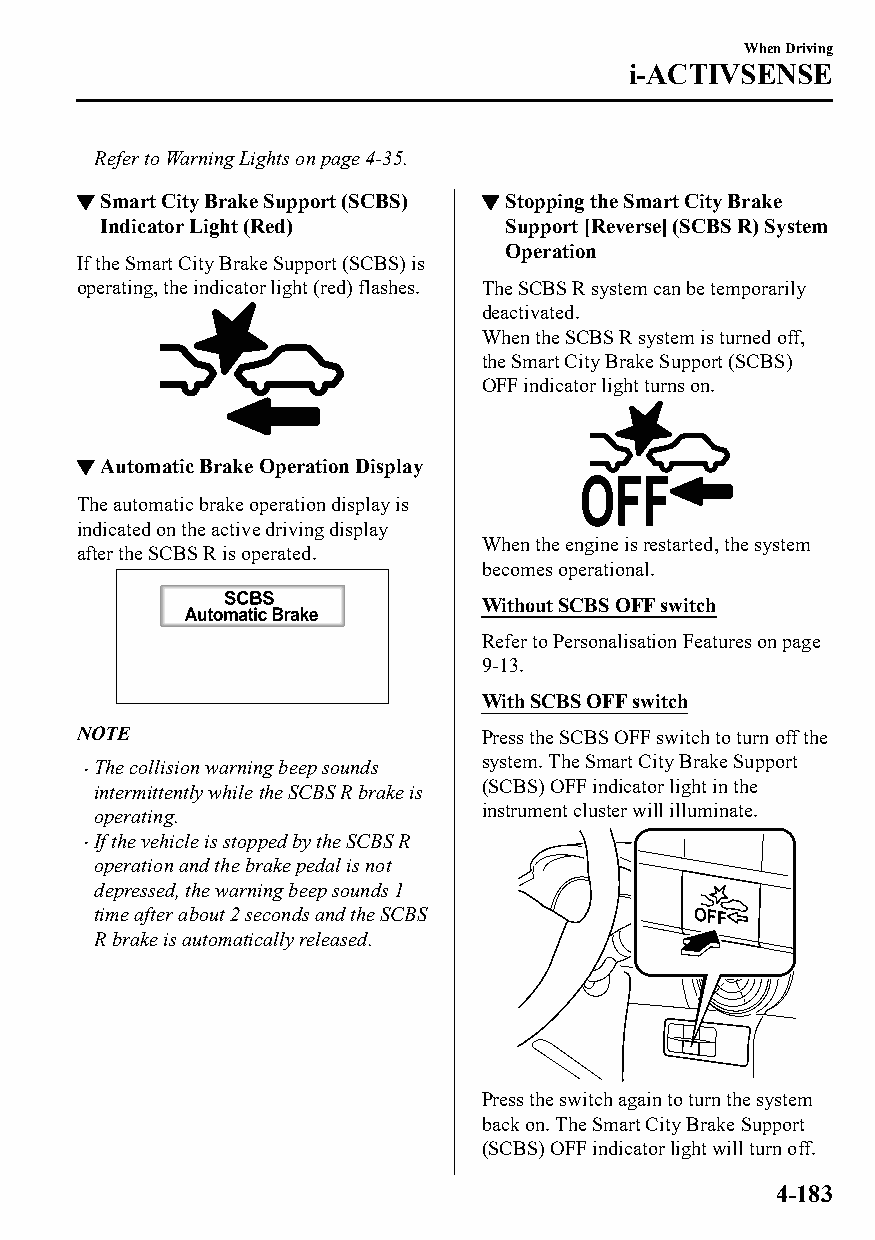
When Driving
 i-ACTIVSENSE
 Refer to Warning Lights on page 4-35.
 ▼Smart City Brake Support (SCBS) ▼Stopping the Smart City Brake
 Indicator Light (Red)      Support [Reverse] (SCBS R) System
 Operation
 If the Smart City Brake Support (SCBS) is
 operating, the indicator light (red) flashes. The SCBS R system can be temporarily
 deactivated.
 When the SCBS R system is turned off,
 the Smart City Brake Support (SCBS)
 OFF indicator light turns on.
 ▼Automatic Brake Operation Display
 The automatic brake operation display is
 indicated on the active driving display
 When the engine is restarted, the system
 after the SCBS R is operated.
 becomes operational.
 Without SCBS OFF switch
 Refer to Personalisation Features on page
 9-13.
 With SCBS OFF switch
 NOTE                       Press the SCBS OFF switch to turn off the
 The collision warning beep sounds system. The Smart City Brake Support
 
 intermittently while the SCBS R brake is (SCBS) OFF indicator light in the
 operating.                instrument cluster will illuminate.
 If the vehicle is stopped by the SCBS R
 
 operation and the brake pedal is not
 depressed, the warning beep sounds 1
 time after about 2 seconds and the SCBS
 R brake is automatically released.
 Press the switch again to turn the system
 back on. The Smart City Brake Support
 (SCBS) OFF indicator light will turn off.
 4-183
 CX-3_8GT4-EE-18D_Edition4                  2018-9-6 18:32:19